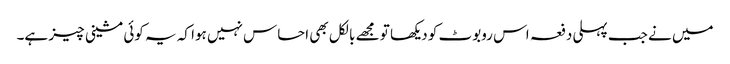
میں نے جب پہلی دفعہ اس روبوٹ کو دیکھا تو مجھے بالکل بھی احساس نہیں ہوا کہ یہ کوئی مشینی چیز ہے۔